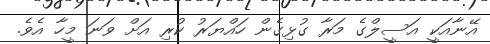
އޭނާއަކީ އަސީލްގެ މަރާ ގުޅިގެން ހައްޔަރު ކުރި އަށް ވަނަ މީހާ އެވެ.